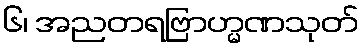
၆၊ အညတရဗြာဟ္မဏသုတ်